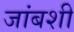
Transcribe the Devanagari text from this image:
जांबशी